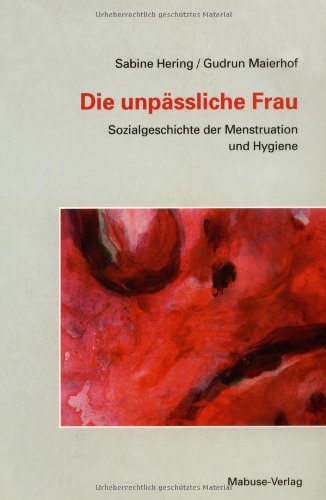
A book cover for Die unpÃ¤ÃEliche Frau; Gudrun Maierhof Sabine Hering; Health, Fitness & Dieting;